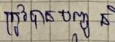
ត្រូវបានបញ្ចូន